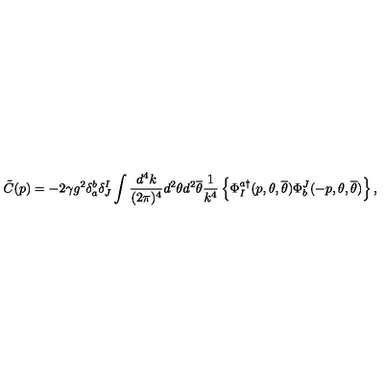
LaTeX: \tilde { C } ( p ) = - 2 \gamma g ^ { 2 } \delta _ { a } ^ { b } \delta _ { J } ^ { I } \int \frac { d ^ { 4 } k } { ( 2 \pi ) ^ { 4 } } d ^ { 2 } \theta d ^ { 2 } { \overline { \theta } } \frac { 1 } { k ^ { 4 } } \left\{ \Phi _ { I } ^ { a \dagger } ( p , \theta , { \overline { \theta } } ) { \Phi } _ { b } ^ { J } ( - p , \theta , { \overline { \theta } } ) \right\} ,